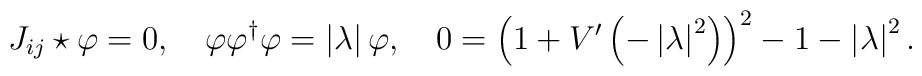
J_{ij}\star \varphi =0,\quad \varphi \varphi ^{\dagger }\varphi =\left|\lambda \right| \varphi ,\quad 0=\left( 1+V^{\prime }\left( -\left| \lambda\right| ^{2}\right) \right) ^{2}-1-\left| \lambda \right| ^{2}.